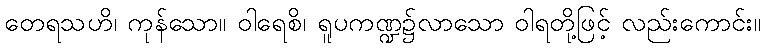
တေရသဟိ၊ ကုန်သော။ ဝါရေစိ၊ ရူပကဏ္ဍ၌လာသော ဝါရတို့ဖြင့် လည်းကောင်း။